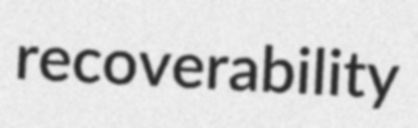
recoverability